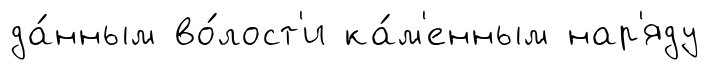
да́нным во́лост'и ка́м'енным нар'яду